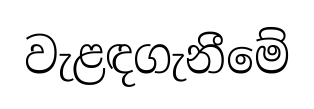
වැළඳගැනීමේ